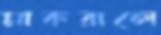
মাকরালে